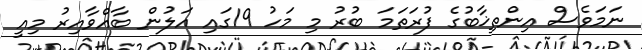
ނަމަވެސް އިންތިޚާބުގެ ފުރަތަމަ ބުރު މި މަހު 19ގައި އަލުން ބާއްވާއިރު މިއީ